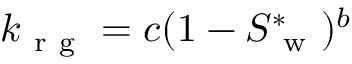
k _ { \mathrm { ~ r ~ g ~ } } = c ( 1 - S _ { \mathrm { ~ w ~ } } ^ { * } ) ^ { b }